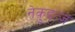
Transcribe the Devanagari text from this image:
नेक़ुइत्ज़